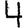
Digit: 4